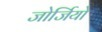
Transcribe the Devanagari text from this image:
जोर्जियो